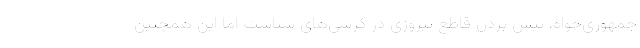
جمهوری‌خواه، پیش بردن قاطع پیروزی در کرسی‌های سناست اما این همچنین